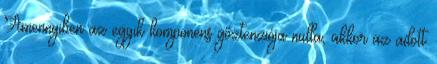
Amennyiben az egyik komponens gőztenziója nulla, akkor az adott